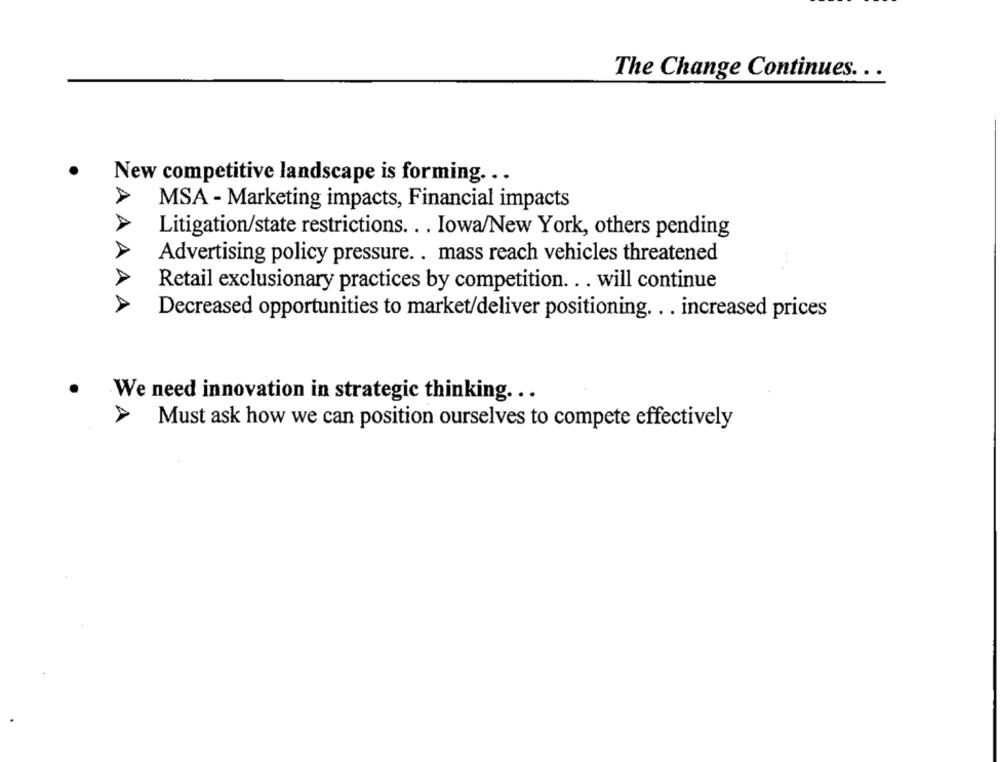
The Change Continues. . .
New competitive landscape is forming .. .
MSA - Marketing impacts, Financial impacts
Litigation/state restrictions. .. Iowa/New York, others pending
Advertising policy pressure. . mass reach vehicles threatened
...
Retail exclusionary practices by competition. .. will continue
AAAAA
Decreased opportunities to market/deliver positioning. .. increased prices
We need innovation in strategic thinking ...
Must ask how we can position ourselves to compete effectively